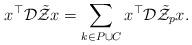
LaTeX: \begin{align*}x^{\top}\mathcal{D}\tilde{\mathcal{Z}}x=\sum_{k\in P\cup C}x^{\top}\mathcal{D}\tilde{\mathcal{Z}}_{p}x.\end{align*}